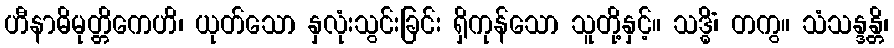
ဟီနာဓိမုတ္တိကေဟိ၊ ယုတ်သော နှလုံးသွင်းခြင်း ရှိကုန်သော သူတို့နှင့်။ သဒ္ဓိံ၊ တကွ။ သံသန္ဒန္တိ၊